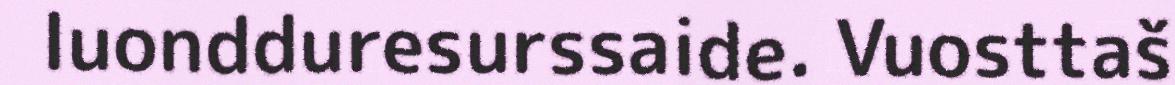
luondduresurssaide. Vuosttaš